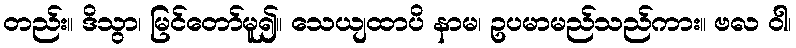
တည်း။ ဒိသွာ၊ မြင်တော်မူ၍။ သေယျထာပိ နာမ၊ ဥပမာမည်သည်ကား။ ဗလ ဝါ၊